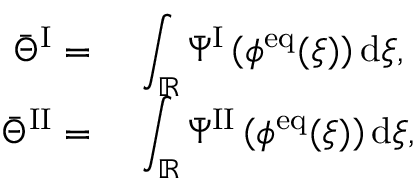
\begin{array} { r l } { \bar { \Theta } ^ { \mathrm { I } } = } & { ~ \displaystyle \int _ { \mathbb { R } } \bar { \Psi } ^ { \mathrm { I } } \left( \phi ^ { \mathrm { e q } } ( \xi ) \right) \mathrm { d } \xi , } \\ { \bar { \Theta } ^ { \mathrm { I I } } = } & { ~ \displaystyle \int _ { \mathbb { R } } \bar { \Psi } ^ { \mathrm { I I } } \left( \phi ^ { \mathrm { e q } } ( \xi ) \right) \mathrm { d } \xi , } \end{array}